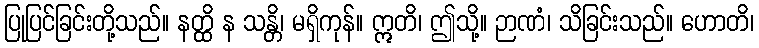
ပြုပြင်ခြင်းတို့သည်။ နတ္ထိ န သန္တိ၊ မရှိကုန်။ ဣတိ၊ ဤသို့။ ဉာဏံ၊ သိခြင်းသည်။ ဟောတိ၊